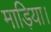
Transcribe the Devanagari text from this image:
माड़िया।